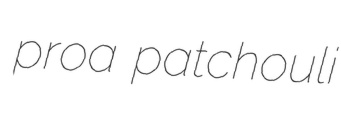
proa patchouli